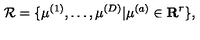
{ \cal R } = \{ \mu ^ { ( 1 ) } , \ldots , \mu ^ { ( D ) } | \mu ^ { ( a ) } \in { \bf R } ^ { r } \} ,